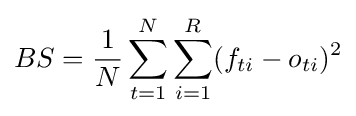
BS={\frac {1}{N}}\sum \limits _{t=1}^{N}\sum \limits _{i=1}^{R}(f_{ti}-o_{ti})^{2}\,\!